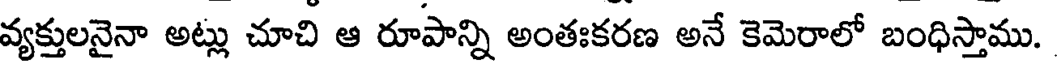
వ్యక్తులనైనా అట్లు చూచి ఆ రూపాన్ని అంతఃకరణ అనే కెమెరాలో బంధిస్తాము.